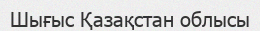
Шығыс Қазақстан облысы